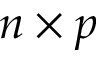
n \times p